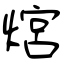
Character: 熍